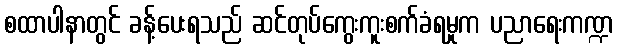
စထာပါနာတွင် ခန့်ပေးရသည် ဆင်တုပ်ကွေးကူးစက်ခံရမှုက ပညာရေးကဏ္ဍ